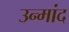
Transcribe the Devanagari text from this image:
उन्मांद